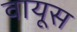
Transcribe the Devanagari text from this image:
वायूस